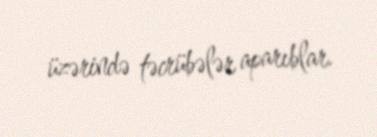
üzərində təcrübələr aparıblar.